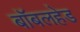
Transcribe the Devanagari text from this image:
बॉबलहेड